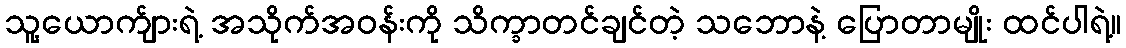
သူ့ယောက်ျားရဲ့ အသိုက်အဝန်းကို သိက္ခာတင်ချင်တဲ့ သဘောနဲ့ ပြောတာမျိုး ထင်ပါရဲ့။